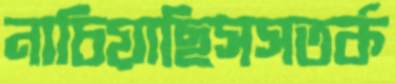
নাচিয়াছিসসতর্ক